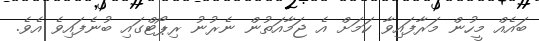
ބައެއް މީހުން މަރާފައިވާ ކަމަށް އެ ޖަމާއަތުން ނެރުނު ރިޕޯޓްގައި ބުނެފައިވެ އެވެ.